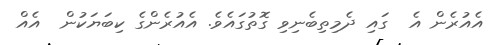
އެއުރެން އެ  ގައި ދެމިތިބެނިވި ގޮތުގައެވެ. އެއުރެންގެ ކިބަޔަކުން  އެއް